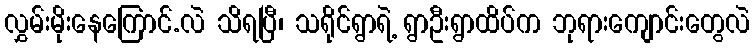
လွှမ်းမိုးနေကြောင်.လဲ သိရပြီ၊ သရိုင်ရွာရဲ့ ရွာဦးရွာထိပ်က ဘုရားကျောင်းတွေလဲ